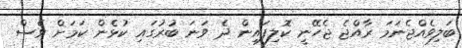
ބަލިވެއްޖެނަމަ ރާއްޖެ ޖެހޭނީ ކޮލިފައިން ދެ ވަނަ ބުރުގައި ކުޅެން ކަމަށް ވެސް